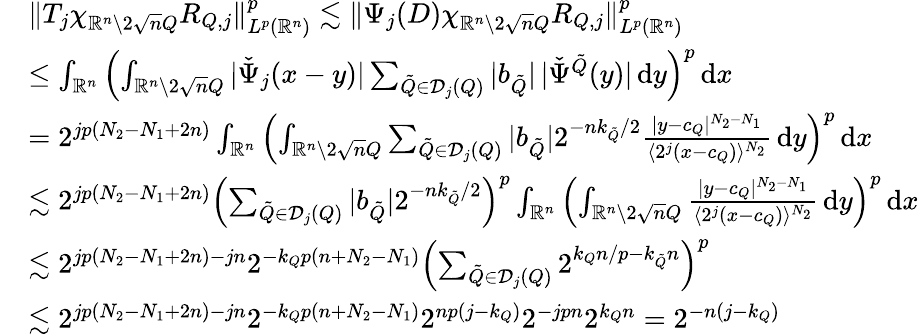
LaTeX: \begin{array}{rl}&{\| T_{j}\chi_{\mathbb{R}^{n}\setminus 2\sqrt nQ}R_{Q,j}\| _{L^{p}(\mathbb{R}^{n})}^{p}\lesssim\| \Psi_{j}(D)\chi_{\mathbb{R}^{n}\setminus 2\sqrt nQ}R_{Q,j}\| _{L^{p}(\mathbb{R}^{n})}^{p}}\\ &{\leq\int_{\mathbb{R}^{n}}\Big({\int_{\mathbb{R}^{n}\setminus 2\sqrt nQ}|\check{\Psi}_{j}(x-y)|\sum_{\tilde{Q}\in\mathcal D_{j}(Q)}|b_{\tilde{Q}}|\, |\check{\Psi}^{\tilde{Q}}(y)|\, \mathrm{d}y}\Big)^{p}\, \mathrm{d}x}\\ &{=2^{jp(N_{2}-N_{1}+2n)}\int_{\mathbb{R}^{n}}\Big({\int_{\mathbb{R}^{n}\setminus 2\sqrt nQ}\sum_{\tilde{Q}\in\mathcal D_{j}(Q)}|b_{\tilde{Q}}|2^{-nk_{\tilde{Q}}/2}\frac{|y-c_{Q}|^{N_{2}-N_{1}}}{\langle 2^{j}(x-c_{Q})\rangle^{N_{2}}}\, \mathrm{d}y}\Big)^{p}\, \mathrm{d}x}\\ &{\lesssim 2^{jp(N_{2}-N_{1}+2n)}\Big({\sum_{\tilde{Q}\in\mathcal D_{j}(Q)}|b_{\tilde{Q}}|2^{-nk_{\tilde{Q}}/2}}\Big)^{p}\int_{\mathbb{R}^{n}}\Big({\int_{\mathbb{R}^{n}\setminus 2\sqrt nQ}\frac{|y-c_{Q}|^{N_{2}-N_{1}}}{\langle 2^{j}(x-c_{Q})\rangle^{N_{2}}}\, \mathrm{d}y}\Big)^{p}\, \mathrm{d}x}\\ &{\lesssim 2^{jp(N_{2}-N_{1}+2n)-jn}2^{-k_{Q}p(n+N_{2}-N_{1})}\Big({\sum_{\tilde{Q}\in\mathcal D_{j}(Q)}2^{k_{Q}n/p-k_{\tilde{Q}}n}}\Big)^{p}}\\ &{\lesssim 2^{jp(N_{2}-N_{1}+2n)-jn}2^{-k_{Q}p(n+N_{2}-N_{1})}2^{np(j-k_{Q})}2^{-jpn}2^{k_{Q}n}=2^{-n(j-k_{Q})}}\end{array}